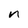
Character: n